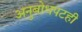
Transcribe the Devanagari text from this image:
अनुबोधपटही